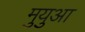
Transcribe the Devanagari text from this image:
मुयुआ